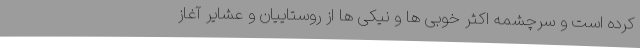
کرده است و سرچشمه اکثر خوبی ها و نیکی ها از روستاییان و عشایر آغاز